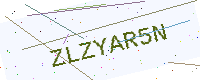
Text: ZLZYAR5N